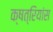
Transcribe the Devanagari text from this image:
क्षत्रियांस